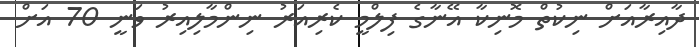
ދާއިރާއަށް ނިކުތް މޮނިކާ އޭނާގެ ފިލްމީ ކެރިއަރު ނިންމާލިއިރު ވަނީ 70 އަށް